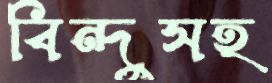
বিন্দুসহ